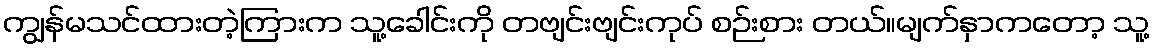
ကျွန်မသင်ထားတဲ့ကြားက သူ့ခေါင်းကို တဗျင်းဗျင်းကုပ် စဉ်းစား တယ်။မျက်နှာကတော့ သူ့